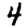
Digit: 4